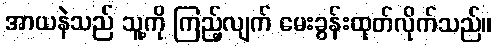
အာယနဲသည် သူ့ကို ကြည့်လျက် မေးခွန်းထုတ်လိုက်သည်။